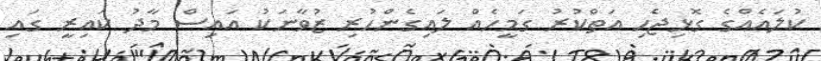
ކުލައެއްގެ ގޮޅިޖެހި އަތްކުރު ގަމީހެއް ލައިގެންހުރި ޒުވާނަކު އައިސް މާދު ކައިރީ ގައި